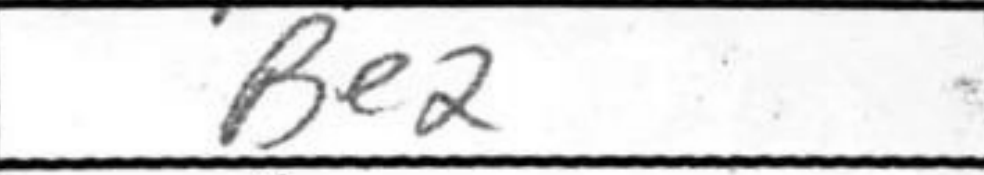
Transcription: Be2